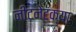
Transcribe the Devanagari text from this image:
नीटनेटक्या